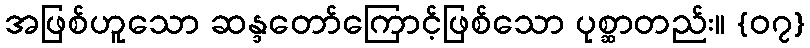
အဖြစ်ဟူသော ဆန္ဒတော်ကြောင့်ဖြစ်သော ပုစ္ဆာတည်း။ {၀၇}